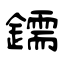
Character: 鑐